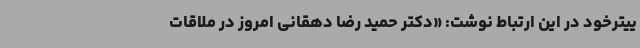
ییترخود در این ارتباط نوشت: «دکتر حمید رضا دهقانی امروز در ملاقات